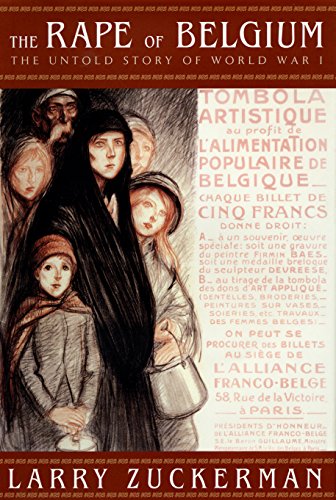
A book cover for The Rape of Belgium: The Untold Story of World War I; Larry Zuckerman; History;